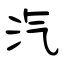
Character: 汽